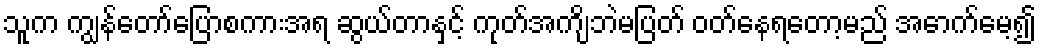
သူက ကျွန်တော်ပြောစကားအရ ဆွယ်တာနှင့် ကုတ်အကျိဘဲမပြတ် ဝတ်နေရတော့မည် အောက်မေ့၍